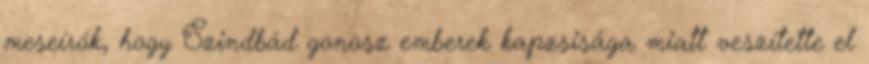
meseírók, hogy Szindbád gonosz emberek kapzsisága miatt veszítette el